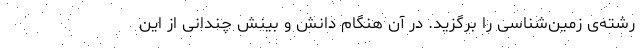
رشته‌ی زمین‌شناسی را برگزید. در آن هنگام دانش و بینش چندانی از این